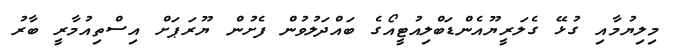
މިލިޔުމާއި ގުޅޭ ގެލަރީޔޫއެންޑަބްލިއުޓީއޯގެ ބައްދަލުވުން ފެށުން ޔޫރަޕަށް އިސްތިއުމާރީ ބާރު